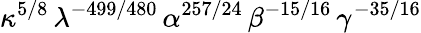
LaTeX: \kappa^{5/8}\, \lambda^{-499/480}\, \alpha^{257/24}\, \beta^{-15/16}\, \gamma^{-35/16}